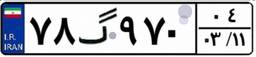
۷۸گ۹۷۰۰۴